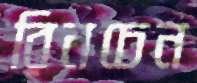
রিনচেন